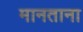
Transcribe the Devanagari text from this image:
मानताना